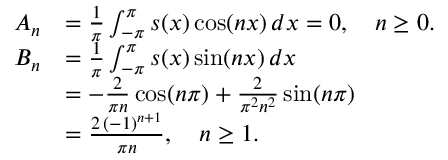
{ \begin{array} { r l } { A _ { n } } & { = { \frac { 1 } { \pi } } \int _ { - \pi } ^ { \pi } s ( x ) \cos ( n x ) \, d x = 0 , \quad n \geq 0 . } \\ { B _ { n } } & { = { \frac { 1 } { \pi } } \int _ { - \pi } ^ { \pi } s ( x ) \sin ( n x ) \, d x } \\ & { = - { \frac { 2 } { \pi n } } \cos ( n \pi ) + { \frac { 2 } { \pi ^ { 2 } n ^ { 2 } } } \sin ( n \pi ) } \\ & { = { \frac { 2 \, ( - 1 ) ^ { n + 1 } } { \pi n } } , \quad n \geq 1 . } \end{array} }